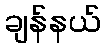
ချန်နယ်